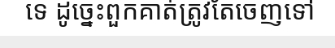
ទេ ដូច្នេះពួកគាត់ត្រូវតែចេញទៅ